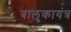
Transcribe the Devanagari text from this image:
बालुकायंत्र